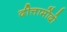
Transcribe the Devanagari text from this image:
दीत्तामोंदो